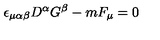
\epsilon _ { \mu \alpha \beta } D ^ { \alpha } G ^ { \beta } - m F _ { \mu } = 0